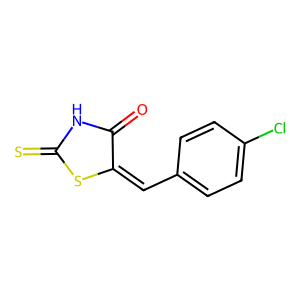
SMILES: O=C1NC(=S)SC1=Cc1ccc(Cl)cc1
Inhibits HIV replication: No